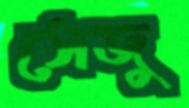
সেজু